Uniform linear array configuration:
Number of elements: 16
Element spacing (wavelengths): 0.25
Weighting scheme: hamming
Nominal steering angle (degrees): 15
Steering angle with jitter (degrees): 16.68
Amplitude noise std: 0.05
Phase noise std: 0.05

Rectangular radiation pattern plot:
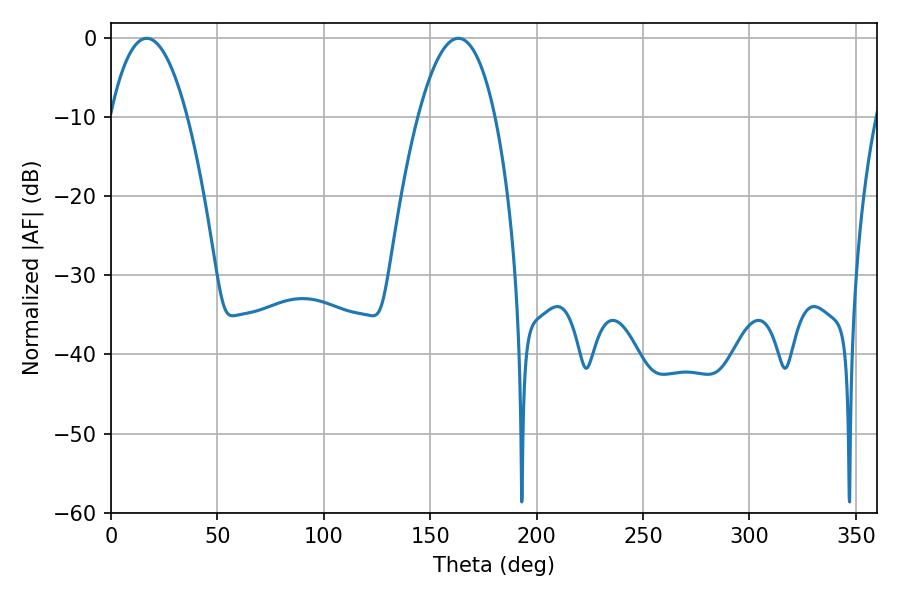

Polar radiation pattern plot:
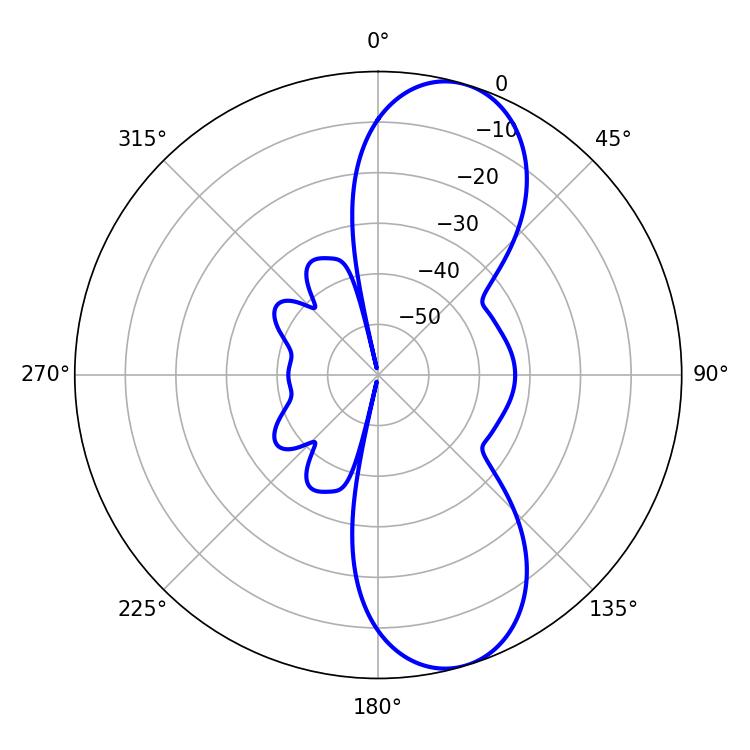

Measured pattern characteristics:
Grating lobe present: FALSE
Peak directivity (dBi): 9.568
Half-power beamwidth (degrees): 20.16
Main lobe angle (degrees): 16.74